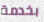
بخدمة